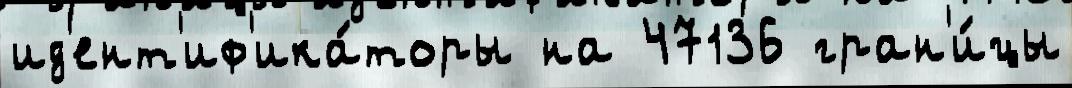
ид'ент'иф'ика́торы на 47136 гран'и́цы